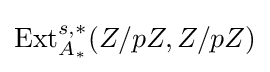
{\text{Ext}}_{A_{*}}^{s,*}(Z/pZ,Z/pZ)